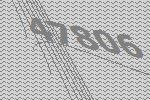
47806